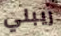
ريبلي